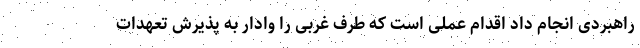
راهبردی انجام داد اقدام عملی است که طرف غربی را وادار به پذیرش تعهدات